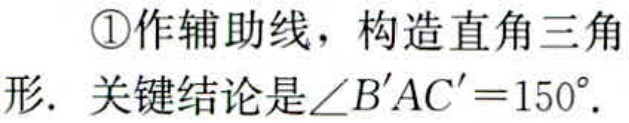
\textcircled{1}作辅助线，构造直角三角形. 关键结论是\(\angle B'AC' = 150^{\circ}\).